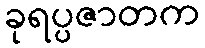
ခုရပ္ပဇာတက